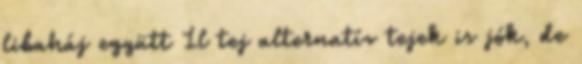
libaháj együtt 1l tej alternatív tejek is jók, de